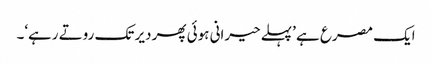
ایک مصرع ہے ’پہلے حیرانی ہوئی پھر دیر تک روتے رہے‘۔